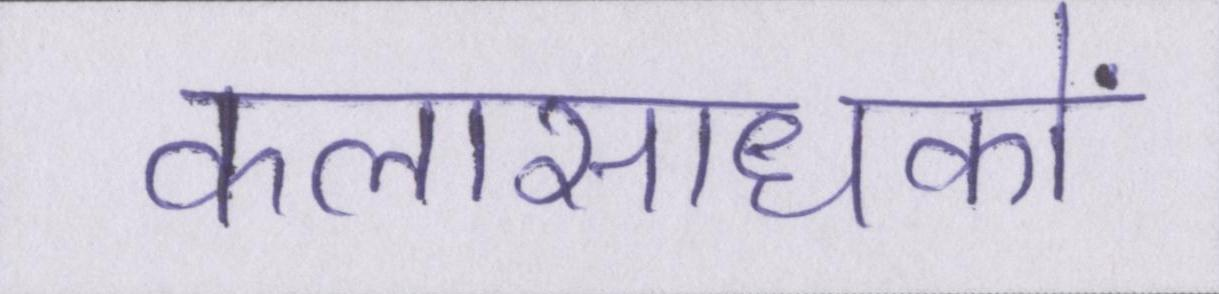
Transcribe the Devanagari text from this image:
कलासाधकों